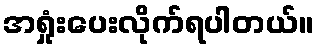
အရှုံးပေးလိုက်ရပါတယ်။